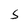
Character: s